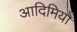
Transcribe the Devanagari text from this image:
आदिमियों